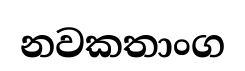
නවකතාංග